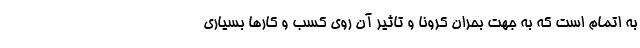
به اتمام است که به جهت بحران کرونا و تاثیر آن روی کسب و کارها بسیاری